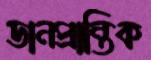
ডানপ্রান্তিক